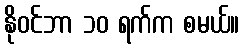
နိုဝင်ဘာ ၁၀ ရက်က စမယ်။